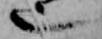
也